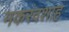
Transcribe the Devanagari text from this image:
मकरंदशाह